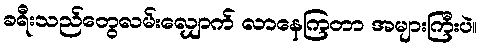
ခရီးသည်တွေလမ်းလျှောက် လာနေကြတာ အများကြီးပဲ။